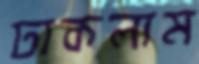
ঢাকলাম